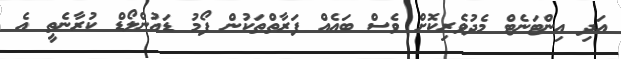
އަދި އިންޓަނެޓް މެދުވެރިކޮށް ވެސް ބައެއް ފަރާތްތަކުން ފޯމު ޑައުންލޯޑް ކުރާނެތީ އެ